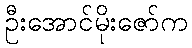
ဦးအောင်မိုးဇော်က